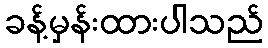
ခန့်မှန်းထားပါသည်